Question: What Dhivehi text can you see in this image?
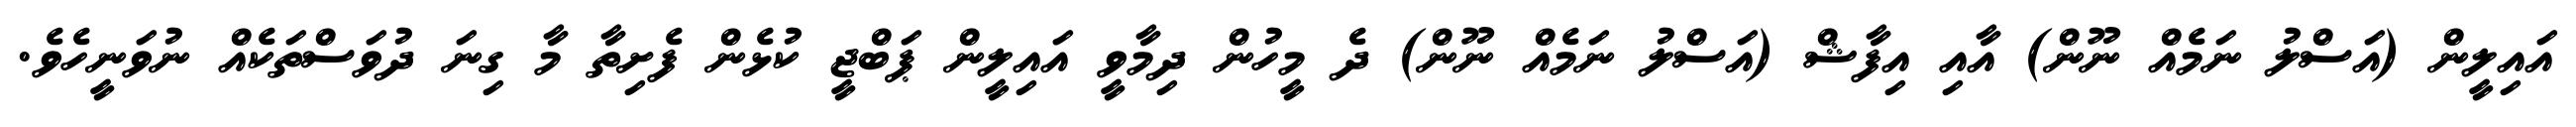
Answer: އައިލީން (އަސްލު ނަމެއް ނޫން) އާއި އިފާޝް (އަސްލު ނަމެއް ނޫން) ދެ މީހުން ދިމާވީ އައިލީން ޕަބްޖީ ކުޅެން ފެށިތާ މާ ގިނަ ދުވަސްތަކެއް ނުވަނީހެވެ.